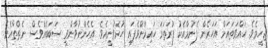
ޖެހީމެވެ. ހައްވަތައަށް އަހަރެން ފެނުމާއެކު ފުރަތަމަ ހައިރާންވެފައި ހުރެވުނީއެވެ. އެހެންނުވާންވީ ސަބަބެއްވެސް ނެތްތާއެވެ.